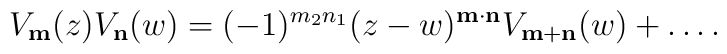
V_{\bf m}(z) V_{\bf n}(w) = (-1)^{m_2n_1}(z-w)^{\bf	m\cdot n} V_{\bf m+n}(w) + \ldots .